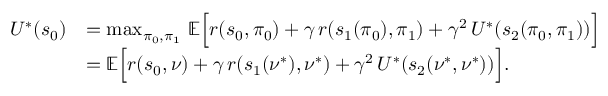
\begin{array} { r l } { U ^ { * } ( s _ { 0 } ) } & { = \operatorname* { m a x } _ { \pi _ { 0 } , \pi _ { 1 } } \, \mathbb { E } \Bigl [ r ( s _ { 0 } , \pi _ { 0 } ) + \gamma \, r ( s _ { 1 } ( \pi _ { 0 } ) , \pi _ { 1 } ) + \gamma ^ { 2 } \, U ^ { * } ( s _ { 2 } ( \pi _ { 0 } , \pi _ { 1 } ) ) \Bigr ] } \\ & { = \mathbb { E } \Bigl [ r ( s _ { 0 } , \nu ) + \gamma \, r ( s _ { 1 } ( \nu ^ { * } ) , \nu ^ { * } ) + \gamma ^ { 2 } \, U ^ { * } ( s _ { 2 } ( \nu ^ { * } , \nu ^ { * } ) ) \Bigr ] . } \end{array}